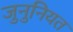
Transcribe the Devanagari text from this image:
जुनुनियत